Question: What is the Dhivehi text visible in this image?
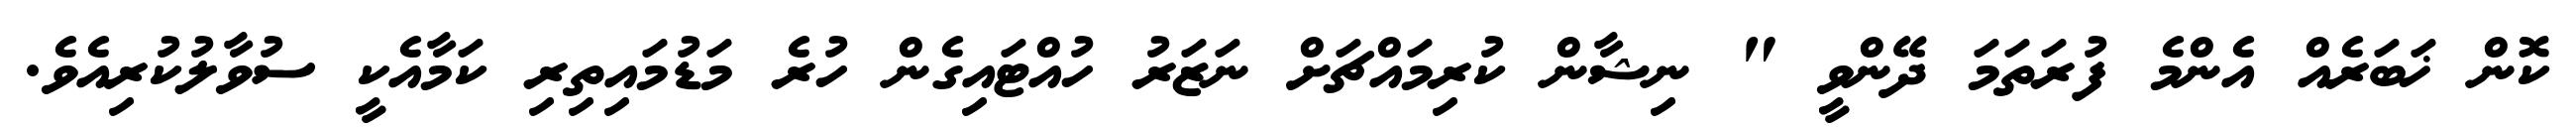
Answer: ކޮން ޚަބަރެއް އެންމެ ފުރަތަމަ ދޭންވީ " ނިޝާން ކުރިމައްޗަށް ނަޒަރު ހުއްޓައިގެން ހުރެ މަޑުމައިތިރި ކަމާއެކީ ސުވާލުކުރިއެވެ.